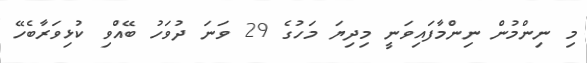
މި ނިންމުން ނިންމާފައިވަނީ މިދިޔަ މަހުގެ 29 ވަނަ ދުވަހު ބޭއްވި ކުޅިވަރާބެހޭ